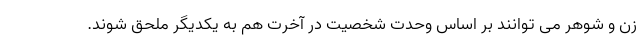
زن و شوهر می توانند بر اساس وحدت شخصیت در آخرت هم به یکدیگر ملحق شوند.